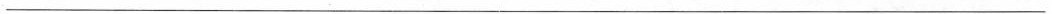
___